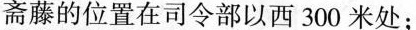
斋藤的位置在司令部以西300米处；